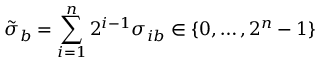
\tilde { \sigma } _ { b } = \sum _ { i = 1 } ^ { n } 2 ^ { i - 1 } \sigma _ { i b } \in \{ 0 , \ldots , 2 ^ { n } - 1 \}